Lunatic asylums Punjab 1868-1880 - 1868-1880
Year: 1868
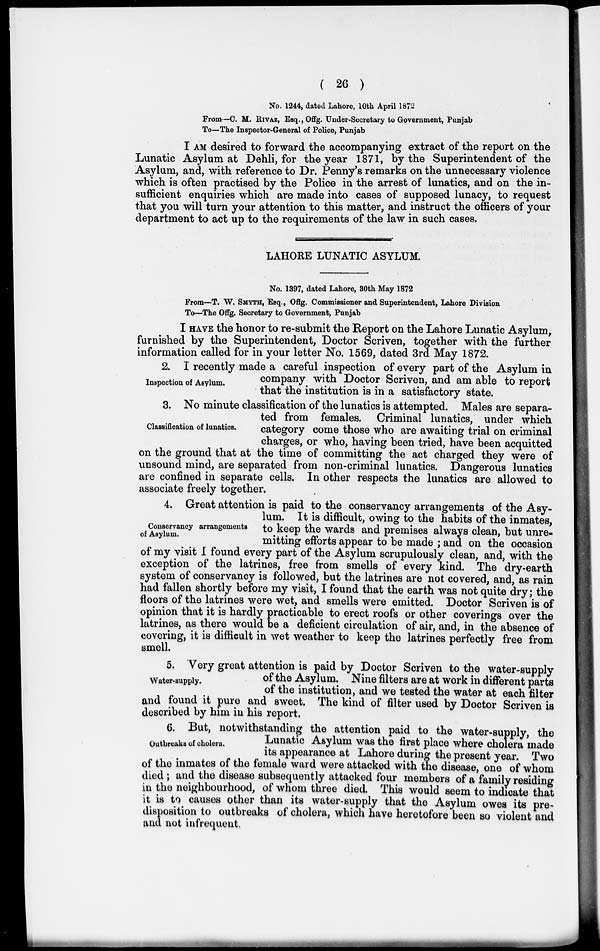
( 26 )
No. 1244 , dated Lahore, 10th April 1872
From—C. M. RIVAZ , Esq.,Offg. Under-Secretary to Government , Punjab
To—The Inspector-General of Police , Punjab
I AM desired to forward the accompanying extract of the report on the
Lunatic Asylum at Dehli, for the year 1871, by the Superintendent of the
Asylum, and, with reference to Dr. Penny's remarks on the unnecessary violence
which is often practised by the Police in the arrest of lunatics, and on the in-
sufficient enquiries which are made into cases of supposed lunacy, to request
that you will turn your attention to this matter, and instruct the officers of your
department to act up to the requirements of the law in such cases.
LAHORE LUNATIC ASYLUM.
No. 1397 , dated Lahore, 30th May 1872
From—T. W. SMYTH , Esq., Offg. Commissioner and Superintendent, Lahore Division
To—The Offg. Secretary to Government, Punjab
I HAVE the honor to re-submit the Report on the Lahore Lunatic Asylum,
furnished by the Superintendent, Doctor Scriven, together with the further
information called for in your letter No. 1569, dated 3rd May 1872.
Inspection of Asylum.
2. I recently made a careful inspection of every part of the Asylum in
company with Doctor Scriven, and am able to report
that the institution is in a satisfactory state.
Classification of lunatics.
3. No minute classification of the lunatics is attempted. Males are separa-
ted from females. Criminal lunatics, under which
category come those who are awaiting trial on criminal
charges, or who, having been tried, have been acquitted
on the ground that at the time of committing the act charged they were of
unsound mind, are separated from non-criminal lunatics. Dangerous lunatics
are confined in separate cells. In other respects the lunatics are allowed to
associate freely together.
Conservancy arrangements
of Asylum.
4. Great attention is paid to the conservancy arrangements of the Asy-
lum. It is difficult, owing to the habits of the inmates,
to keep the wards and premises always clean, but unre-
mitting efforts appear to be made ; and on the occasion
of my visit I found every part of the Asylum scrupulously clean, and, with the
exception of the latrines, free from smells of every kind. The dry-earth
system of conservancy is followed, but the latrines are not covered, and, as rain
had fallen shortly before my visit, I found that the earth was not quite dry ; the
floors of the latrines were wet, and smells were emitted. Doctor Scriven is of
opinion that it is hardly practicable to erect roofs or other coverings over the
latrines, as there would be a deficient circulation of air, and, in the absence of
covering, it is difficult in wet weather to keep the latrines perfectly free from
smell.
Water-supply.
5. Very great attention is paid by Doctor Scriven to the water-supply
of the Asylum. Nine filters are at work in different parts
of the institution, and we tested the water at each filter
and found it pure and sweet. The kind of filter used by Doctor Scriven is
described by him in his report.
Outbreaks of cholera.
6. But, notwithstanding the attention paid to the water-supply, the
Lunatic Asylum was the first place where cholera made
its appearance at Lahore during the present year. Two
of the inmates of the female ward were attacked with the disease, one of whom
died ; and the disease subsequently attacked four members of a family residing
in the neighbourhood, of whom three died. This would seem to indicate that
it is to causes other than its water-supply that the Asylum owes its pre-
disposition to outbreaks of cholera, which have heretofore been so violent and
and not infrequent.